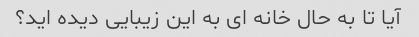
آیا تا به حال خانه ای به این زیبایی دیده اید؟